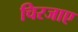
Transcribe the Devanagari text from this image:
चिरजाए